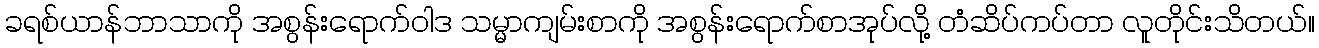
ခရစ်ယာန်ဘာသာကို အစွန်းရောက်ဝါဒ သမ္မာကျမ်းစာကို အစွန်းရောက်စာအုပ်လို့ တံဆိပ်ကပ်တာ လူတိုင်းသိတယ်။